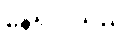
နေရပါသည်